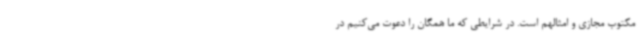
مکتوب مجازی و امثالهم است. در شرایطی که ما همگان را دعوت می‌کنیم در